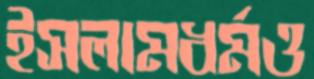
ইসলামধর্মও